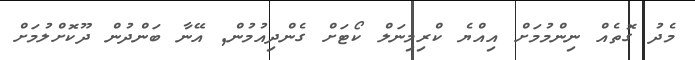
މެދު ގޮތެއް ނިންމުމަށް އިއްޔެ ކްރިމިނަލް ކޯޓަށް ގެންދިއުމުން